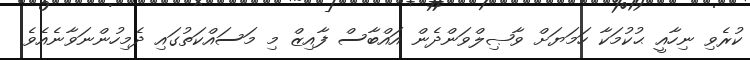
ކުރެވި ނިހާއީ ޙުކުމަކާ ހަމަޔަށް ވާޞިލްވަންދެން އައްބާސް ފާއިޒް މި މަސައްކަތުގައި ދެމިހުންނަވާނެއެވެ.